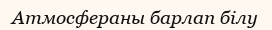
Атмосфераны барлап білу